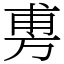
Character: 旉